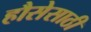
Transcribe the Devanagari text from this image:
हौसेसाठी